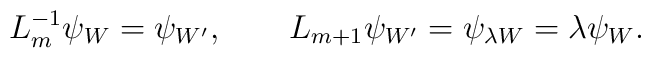
L_m^{-1}\psi_W=\psi_{W'},\qquad L_{m+1}\psi_{W'}=\psi_{\lambda W}=\lambda \psi_W.